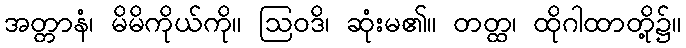
အတ္တာနံ၊ မိမိကိုယ်ကို။ ဩဝဒိ၊ ဆုံးမ၏။ တတ္ထ၊ ထိုဂါထာတို့၌။